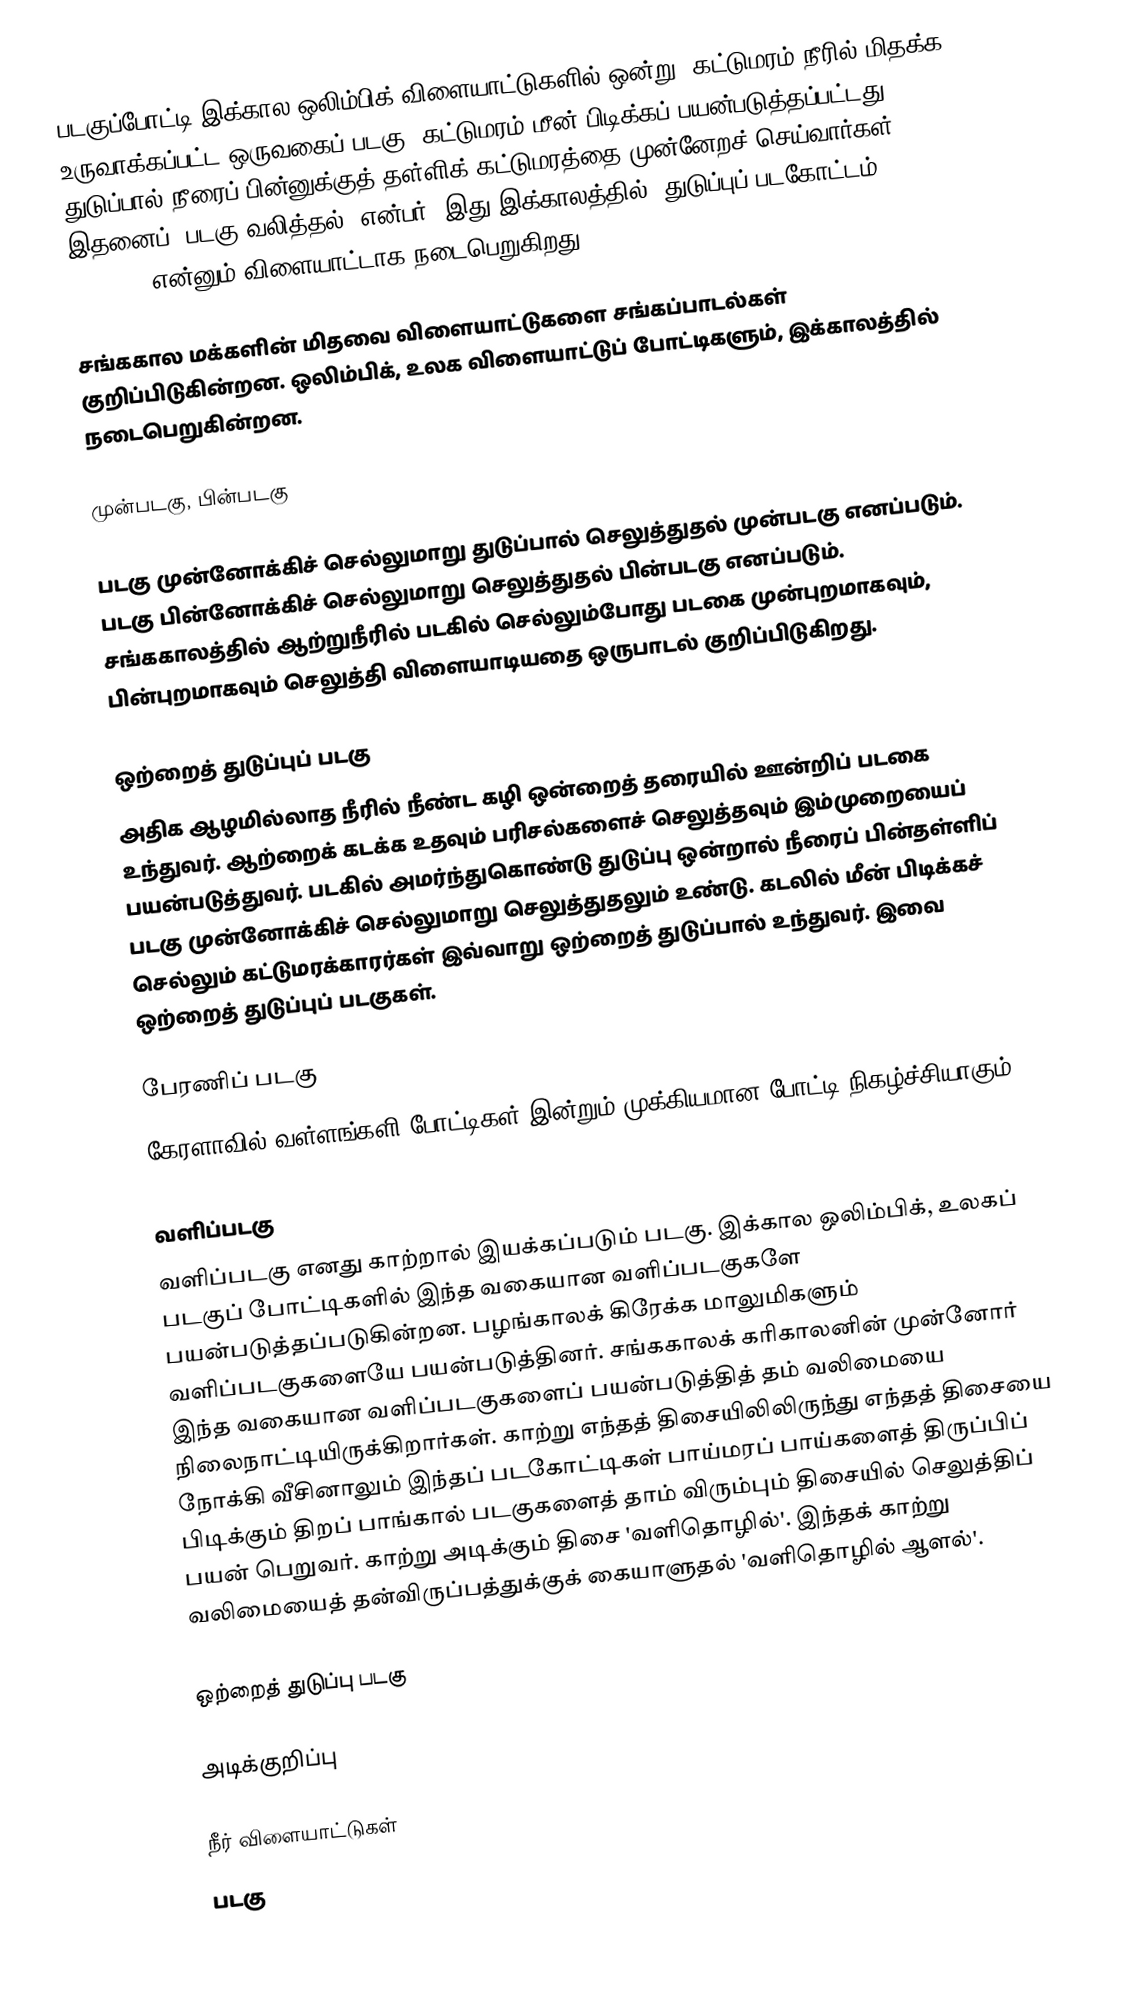
படகுப்போட்டி இக்கால ஒலிம்பிக் விளையாட்டுகளில் ஒன்று. கட்டுமரம் நீரில் மிதக்க உருவாக்கப்பட்ட ஒருவகைப் படகு. கட்டுமரம் மீன் பிடிக்கப் பயன்படுத்தப்பட்டது. துடுப்பால் நீரைப் பின்னுக்குத் தள்ளிக் கட்டுமரத்தை முன்னேறச் செய்வார்கள். இதனைப் 'படகு வலித்தல்' என்பர். இது இக்காலத்தில் 'துடுப்புப் படகோட்டம்' (Rowing) என்னும் விளையாட்டாக நடைபெறுகிறது.

சங்ககால மக்களின் மிதவை விளையாட்டுகளை சங்கப்பாடல்கள் குறிப்பிடுகின்றன. ஒலிம்பிக், உலக விளையாட்டுப் போட்டிகளும், இக்காலத்தில் நடைபெறுகின்றன.

முன்படகு, பின்படகு

படகு முன்னோக்கிச் செல்லுமாறு துடுப்பால் செலுத்துதல் முன்படகு எனப்படும். படகு பின்னோக்கிச் செல்லுமாறு செலுத்துதல் பின்படகு எனப்படும். சங்ககாலத்தில் ஆற்றுநீரில் படகில் செல்லும்போது படகை முன்புறமாகவும், பின்புறமாகவும் செலுத்தி விளையாடியதை ஒருபாடல் குறிப்பிடுகிறது.

ஒற்றைத் துடுப்புப் படகு
அதிக ஆழமில்லாத நீரில் நீண்ட கழி ஒன்றைத் தரையில் ஊன்றிப் படகை உந்துவர். ஆற்றைக் கடக்க உதவும் பரிசல்களைச் செலுத்தவும் இம்முறையைப் பயன்படுத்துவர். படகில் அமர்ந்துகொண்டு துடுப்பு ஒன்றால் நீரைப் பின்தள்ளிப் படகு முன்னோக்கிச் செல்லுமாறு செலுத்துதலும் உண்டு. கடலில் மீன் பிடிக்கச் செல்லும் கட்டுமரக்காரர்கள் இவ்வாறு ஒற்றைத் துடுப்பால் உந்துவர். இவை ஒற்றைத் துடுப்புப் படகுகள்.

பேரணிப் படகு
கேரளாவில் வள்ளங்களி போட்டிகள் இன்றும் முக்கியமான போட்டி நிகழ்ச்சியாகும்.

வளிப்படகு
வளிப்படகு எனது காற்றால் இயக்கப்படும் படகு. இக்கால ஒலிம்பிக், உலகப் படகுப் போட்டிகளில் இந்த வகையான வளிப்படகுகளே பயன்படுத்தப்படுகின்றன. பழங்காலக் கிரேக்க மாலுமிகளும் வளிப்படகுகளையே பயன்படுத்தினர். சங்ககாலக் கரிகாலனின் முன்னோர் இந்த வகையான வளிப்படகுகளைப் பயன்படுத்தித் தம் வலிமையை நிலைநாட்டியிருக்கிறார்கள்.  காற்று எந்தத் திசையிலிலிருந்து எந்தத் திசையை நோக்கி வீசினாலும் இந்தப் படகோட்டிகள் பாய்மரப் பாய்களைத் திருப்பிப் பிடிக்கும் திறப் பாங்கால் படகுகளைத் தாம் விரும்பும் திசையில் செலுத்திப் பயன் பெறுவர். காற்று அடிக்கும் திசை 'வளிதொழில்'. இந்தக் காற்று வலிமையைத் தன்விருப்பத்துக்குக் கையாளுதல் 'வளிதொழில் ஆளல்'.

ஒற்றைத் துடுப்பு படகு

அடிக்குறிப்பு

நீர் விளையாட்டுகள்
படகு